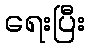
ရေးပြီး